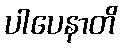
ပါပေနာတိ